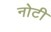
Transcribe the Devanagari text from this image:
नोटी